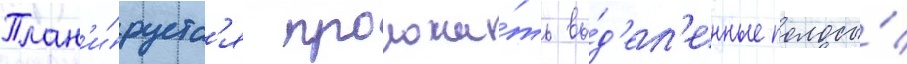
План'и́руетс'я проложи́ть вы́д'ел'енные полосы́